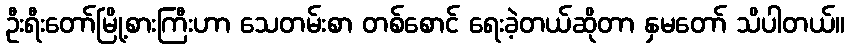
ဦးရီးတော်မြို့စားကြီးဟာ သေတမ်းစာ တစ်စောင် ရေးခဲ့တယ်ဆိုတာ နှမတော် သိပါတယ်။